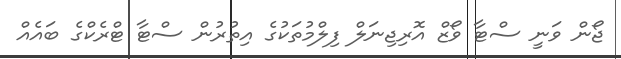
ޖޯން ވަނީ ސްޓާ ވޯޒް އޮރިޖިނަލް ފިލްމުތަކުގެެ އިތުރުން ސްޓާ ޓްރެކްގެ ބައެއް